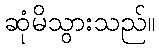
ဆုံမိသွားသည်။